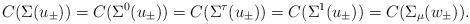
LaTeX: \begin{align*} C(\Sigma(u_\pm))=C(\Sigma^0(u_\pm))=C(\Sigma^\tau(u_\pm))=C(\Sigma^1(u_\pm))=C(\Sigma_\mu(w_\pm)).\end{align*}